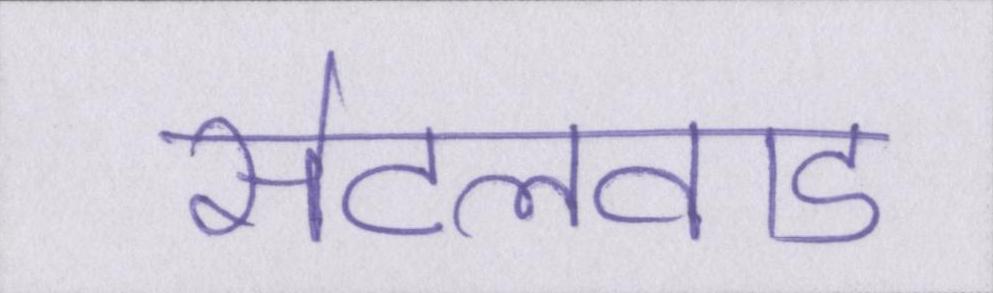
सेटलवाड